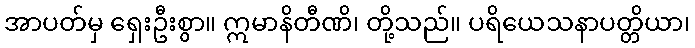
အာပတ်မှ ရှေးဦးစွာ။ ဣမာနိတီဏိ၊ တို့သည်။ ပရိယေသနာပတ္တိယာ၊